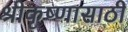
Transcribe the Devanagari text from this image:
श्रीकृष्णासाठी